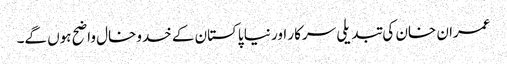
عمران خان کی تبدیلی سرکار اور نیا پاکستان کے خدوخال واضح ہوں گے۔